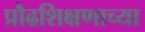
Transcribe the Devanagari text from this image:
प्रौढशिक्षणाच्या